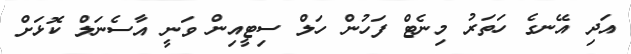
އަދި އޭނގެ ހަތަރު މިނެޓް ފަހުން ހަލް ސިޓީއިން ވަނީ އާސެނަލް ކޮޅަށް